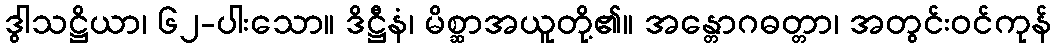
ဒွါသဋ္ဌိယာ၊ ၆၂-ပါးသော။ ဒိဋ္ဌီနံ၊ မိစ္ဆာအယူတို့၏။ အန္တောဂဓတ္တာ၊ အတွင်းဝင်ကုန်